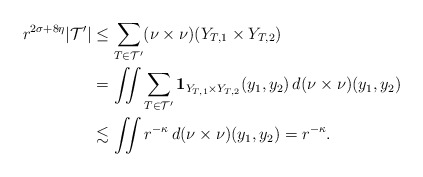
\begin{align*} r^{2\sigma + 8\eta}|\mathcal{T}'| & \leq \sum_{T \in \mathcal{T}'} (\nu \times \nu)(Y_{T,1} \times Y_{T,2})\\& = \iint \sum_{T \in \mathcal{T}'} \mathbf{1}_{Y_{T,1} \times Y_{T,2}}(y_{1},y_{2}) \, d(\nu \times \nu)(y_{1},y_{2})\\& \lesssim \iint r^{-\kappa} \, d(\nu \times \nu)(y_{1},y_{2}) = r^{-\kappa}. \end{align*}